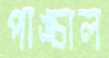
পাঙ্চাল